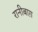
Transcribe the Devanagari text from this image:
रानीबाग़